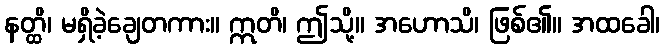
နတ္ထိ၊ မရှိခဲ့ချေတကား။ ဣတိ၊ ဤသို့။ အဟောသိ၊ ဖြစ်၏။ အထခေါ၊